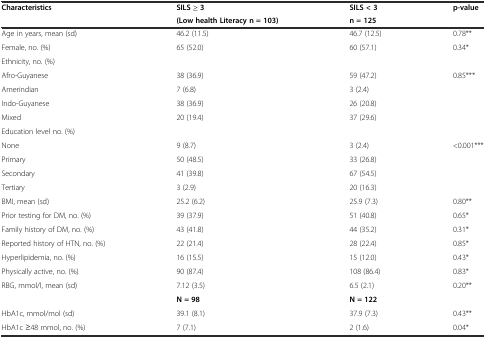
| <ROWSPAN=2> Characteristics | SILS ≥ 3 | SILS < 3 | <ROWSPAN=2> p-value |
 | (Low health Literacy n = 103) | n = 125 |
 | --- | --- | --- | --- |
 | Age in years, mean (sd) | 46.2 (11.5) | 46.7 (12.5) | 0.78** |
 | Female, no. (%) | 65 (52.0) | 60 (57.1) | 0.34* |
 | Ethnicity, no. (%) |  |  |  |
 | Afro-Guyanese | 38 (36.9) | 59 (47.2) | 0.85*** |
 | Amerindian | 7 (6.8) | 3 (2.4) |  |
 | Indo-Guyanese | 38 (36.9) | 26 (20.8) |  |
 | Mixed | 20 (19.4) | 37 (29.6) |  |
 | Education level no. (%) |  |  |  |
 | None | 9 (8.7) | 3 (2.4) | <0.001*** |
 | Primary | 50 (48.5) | 33 (26.8) |  |
 | Secondary | 41 (39.8) | 67 (54.5) |  |
 | Tertiary | 3 (2.9) | 20 (16.3) |  |
 | BMI, mean (sd) | 25.2 (6.2) | 25.9 (7.3) | 0.80** |
 | Prior testing for DM, no. (%) | 39 (37.9) | 51 (40.8) | 0.65* |
 | Family history of DM, no. (%) | 43 (41.8) | 44 (35.2) | 0.31* |
 | Reported history of HTN, no. (%) | 22 (21.4) | 28 (22.4) | 0.85* |
 | Hyperlipidemia, no. (%) | 16 (15.5) | 15 (12.0) | 0.43* |
 | Physically active, no. (%) | 90 (87.4) | 108 (86.4) | 0.83* |
 | RBG, mmol/l, mean (sd) | 7.12 (3.5) | 6.5 (2.1) | 0.20** |
 |  | N = 98 | N = 122 |  |
 | HbA1c, mmol/mol (sd) | 39.1 (8.1) | 37.9 (7.3) | 0.43** |
 | HbA1c ≥48 mmol, no. (%) | 7 (7.1) | 2 (1.6) | 0.04* |